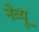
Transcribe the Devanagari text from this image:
नेव्यू